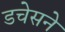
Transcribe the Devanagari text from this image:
डचेसने